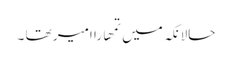
حالانکہ میں تمھارا امیر تھا ۔